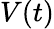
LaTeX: V(t)